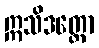
ဣသိဒတ္တော